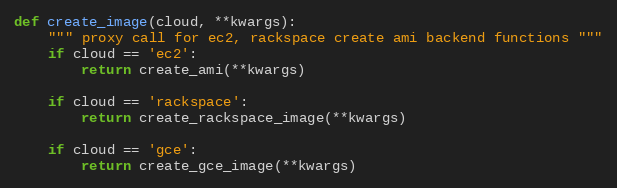
Language: Python
def create_image(cloud, **kwargs):
    """ proxy call for ec2, rackspace create ami backend functions """
    if cloud == 'ec2':
        return create_ami(**kwargs)

    if cloud == 'rackspace':
        return create_rackspace_image(**kwargs)

    if cloud == 'gce':
        return create_gce_image(**kwargs)